Note on the mental hospitals in Burma - 1925-1940
Year: 1925
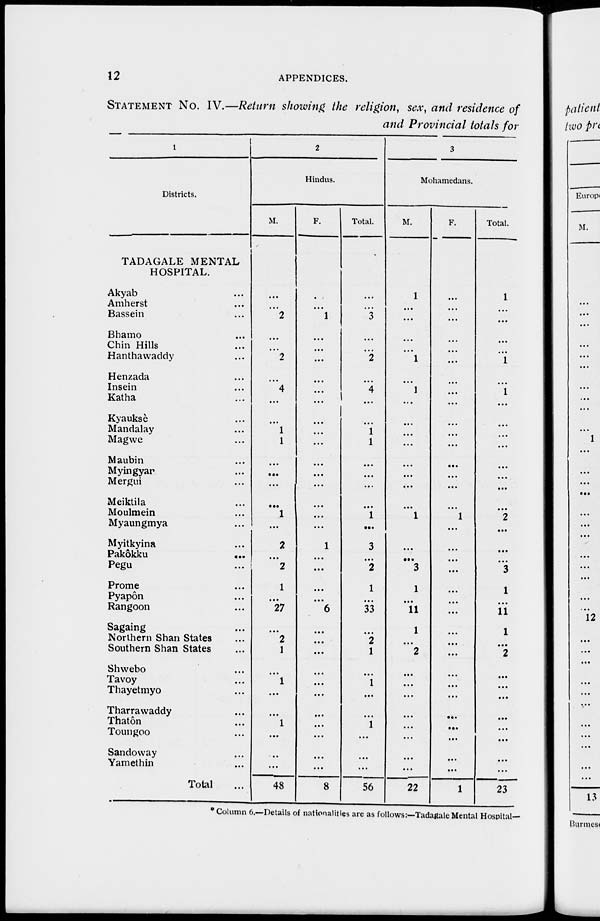
12
APPENDICES.
STATEMENT NO. IV.—Return showing the religion, sex, and residence of
and Provincial totals for
1
Districts.
TADAGALE MENTAL
HOSPITAL.
Akyab ...
Amherst ...
Bassein ...
Bhamo ...
Chin Hills ...
Hanthawaddy ...
Henzada ...
Insein ...
Katha ...
Kyauksè ...
Mandalay ...
Magwe ...
Maubin ...
Myingyar ...
Mergui ...
Meiktila ...
Moulmein ...
Myaungmya ...
Myitkyina ...
Pakôkku
...
Pegu ...
Prome ...
Pyapôn ...
Rangoon ...
Sagaing ...
Northern Shan States ...
Southern Shan States ...
Shwebo ...
Tavoy ...
Thayetmyo ...
Tharrawaddy ...
Thatôn ...
Toungoo ...
Sandoway ...
Yamethin ...
Total ...
2
Hindus.
M.
...
...
2
...
...
2
...
4
...
...
1
1
...
...
...
...
1
...
2
...
2
1
...
27
...
2
1
...
1
...
...
1
...
..
...
48
F.
...
...
1
...
...
...
...
...
1
...
...
...
...
...
...
...
...
...
1
...
...
...
...
6
...
...
...
...
...
...
...
...
...
...
...
8
Total.
...
...
3
...
...
2
...
4
...
...
1
1
...
...
...
...
1
...
3
...
2
1
...
33
...
2
1
...
1
...
1
...
...
56
3
Mohamedans.
M.
1
...
...
...
...
1
...
1
...
...
...
...
...
.. .
...
...
1
...
...
...
3
1
...
11
1
...
2
...
...
...
...
...
...
...
...
22
F.
...
...
...
...
...
...
...
...
...
...
...
...
...
...
...
...
1
...
...
...
...
...
...
...
...
...
...
...
...
...
...
...
...
...
...
1
Total.
1
...
...
...
...
1
...
1
...
...
...
...
...
...
...
...
2
...
...
...
3
1
...
11
1
...
2
...
...
...
...
...
...
...
...
23
* Column 6.—Details of nationalities are as follows:—Tadagale Mental Hospital—